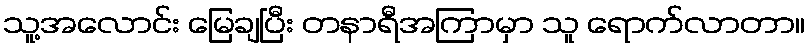
သူ့အလောင်း မြေချပြီး တနာရီအကြာမှာ သူ ရောက်လာတာ။